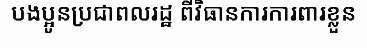
បងប្អូនប្រជាពលរដ្ឋ ពីវិធានការការពារខ្លួន